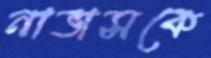
নাভাসকে